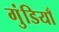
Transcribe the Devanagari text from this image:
गुंडियाँ